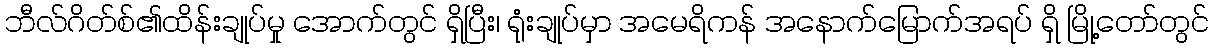
ဘီလ်ဂိတ်စ်၏ထိန်းချုပ်မှု အောက်တွင် ရှိပြီး၊ ရုံးချုပ်မှာ အမေရိကန် အနောက်မြောက်အရပ် ရှိ မြို့တော်တွင်